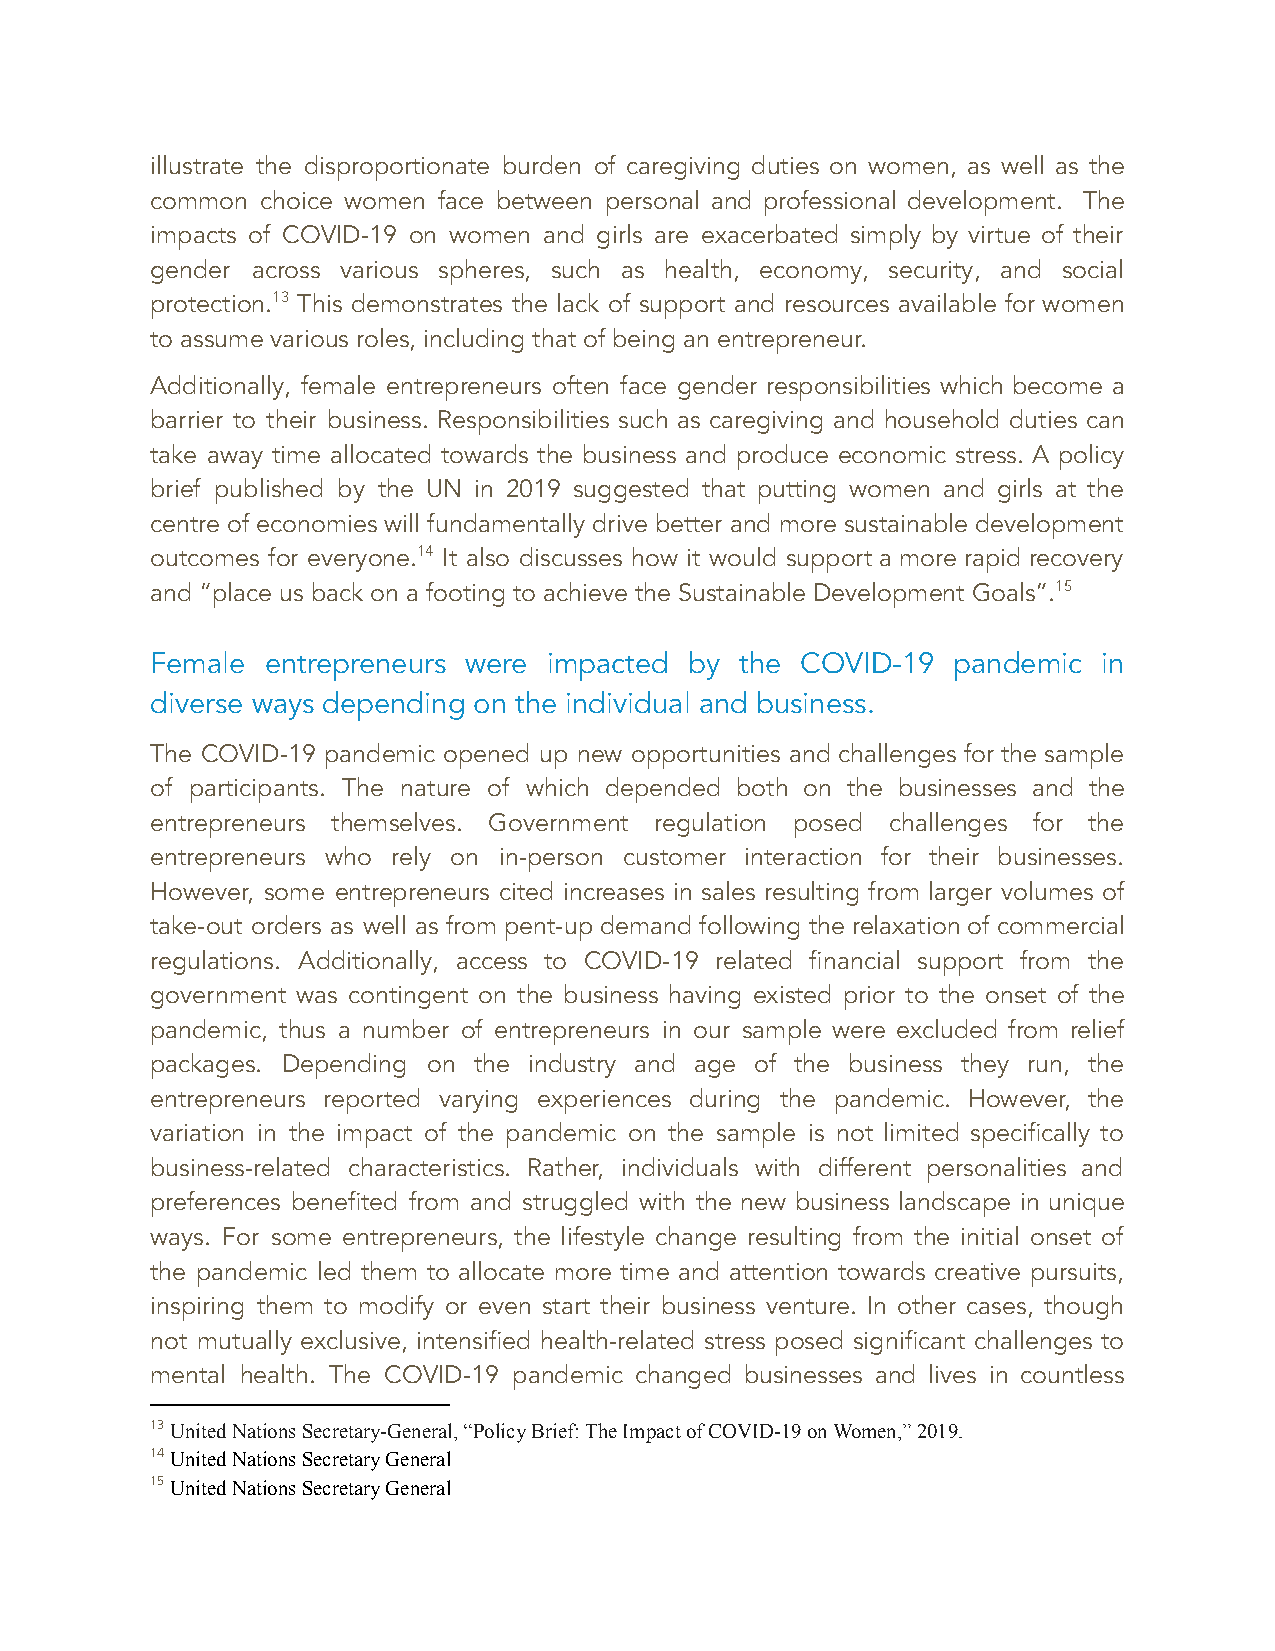
illustrate the disproportionate burden of caregiving duties on women, as well as the
 common choice women face between personal and professional development. The
 impacts of COVID-19 on women and girls are exacerbated simply by virtue of their
 gender across various spheres, such as health, economy, security, and social
 protection.13 This demonstrates the lack of support and resources available for women
 to assume various roles, including that of being an entrepreneur.
 Additionally, female entrepreneurs often face gender responsibilities which become a
 barrier to their business. Responsibilities such as caregiving and household duties can
 take away time allocated towards the business and produce economic stress. A policy
 brief published by the UN in 2019 suggested that putting women and girls at the
 centre of economies will fundamentally drive better and more sustainable development
 outcomes for everyone.14 It also discusses how it would support a more rapid recovery
 and “place us back on a footing to achieve the Sustainable Development Goals”.15
 Female  entrepreneurs were impacted by the COVID-19  pandemic  in
 diverse ways depending on the individual and business.
 The COVID-19 pandemic opened up new opportunities and challenges for the sample
 of participants. The nature of which depended both on the businesses and the
 entrepreneurs themselves. Government regulation posed challenges for the
 entrepreneurs who rely on in-person customer interaction for their businesses.
 However, some entrepreneurs cited increases in sales resulting from larger volumes of
 take-out orders as well as from pent-up demand following the relaxation of commercial
 regulations. Additionally, access to COVID-19 related financial support from the
 government was contingent on the business having existed prior to the onset of the
 pandemic, thus a number of entrepreneurs in our sample were excluded from relief
 packages. Depending on the industry and age of the business they run, the
 entrepreneurs reported varying experiences during the pandemic. However, the
 variation in the impact of the pandemic on the sample is not limited specifically to
 business-related characteristics. Rather, individuals with different personalities and
 preferences benefited from and struggled with the new business landscape in unique
 ways. For some entrepreneurs, the lifestyle change resulting from the initial onset of
 the pandemic led them to allocate more time and attention towards creative pursuits,
 inspiring them to modify or even start their business venture. In other cases, though
 not mutually exclusive, intensified health-related stress posed significant challenges to
 mental health. The COVID-19 pandemic changed businesses and lives in countless
 13United Nations Secretary-General, “Policy Brief:The Impact of COVID-19 on Women,” 2019.
 14United Nations Secretary General
 15United Nations Secretary General